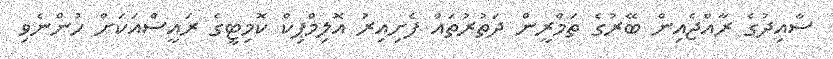
ސާއިދުގެ ރާއްޖެއިން ބޭރުގެ ތަމްރީން ދަތުރުތައް ފެށިއިރު އޮލިމްޕިކް ކޮމިޓީގެ ރައީސްއަކަށް ހުންނެވި